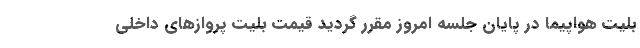
بلیت هواپیما در پایان جلسه امروز مقرر گردید قیمت بلیت پروازهای داخلی